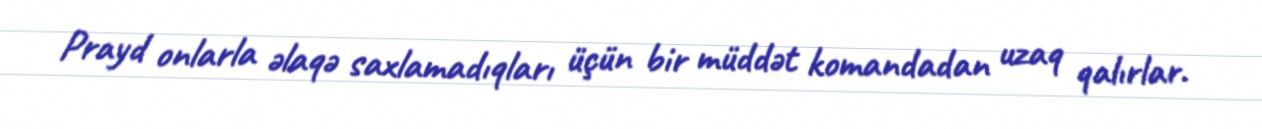
Prayd onlarla əlaqə saxlamadıqları üçün bir müddət komandadan uzaq qalırlar.